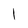
Character: 1